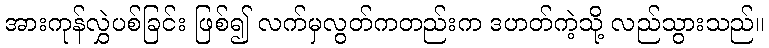
အားကုန်လွှဲပစ်ခြင်း ဖြစ်၍ လက်မှလွတ်ကတည်းက ဒဟတ်ကဲ့သို့ လည်သွားသည်။